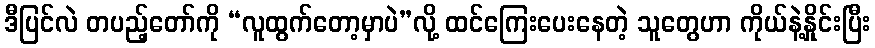
ဒီပြင်လဲ တပည့်တော်ကို “လူထွက်တော့မှာပဲ”လို့ ထင်ကြေးပေးနေတဲ့ သူတွေဟာ ကိုယ်နဲ့နှိုင်းပြီး